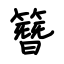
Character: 簪